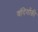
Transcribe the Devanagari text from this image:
बंदियोंकी